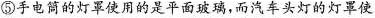
⑤手电筒的灯罩使用的是平面玻璃，而汽车头灯的灯草使